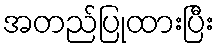
အတည်ပြုထားပြီး